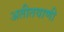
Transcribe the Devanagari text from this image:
अतीतवाणी